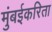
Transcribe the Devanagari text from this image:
मुंबईकरिता